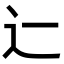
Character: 辷